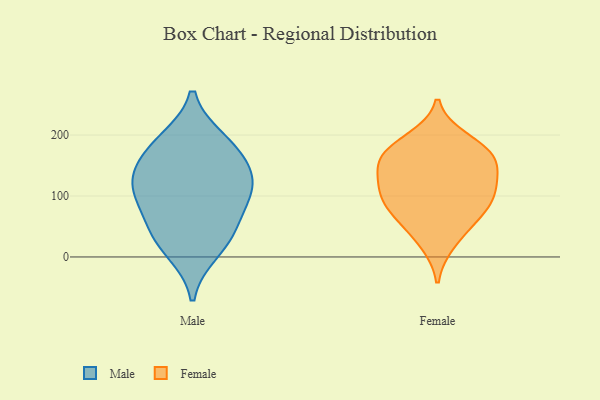
{"axis": {"x": "Page Views", "y": "Value"}, "legend": ["Female", "Male"], "data": [{"x": "", "y": 44, "type": "Male"}, {"x": "", "y": 157, "type": "Male"}, {"x": "", "y": 121, "type": "Male"}, {"x": "", "y": 93, "type": "Male"}, {"x": "", "y": 124, "type": "Male"}, {"x": "", "y": 181, "type": "Male"}, {"x": "", "y": 10, "type": "Male"}, {"x": "", "y": 190, "type": "Male"}, {"x": "", "y": 41, "type": "Male"}, {"x": "", "y": 107, "type": "Male"}, {"x": "", "y": 66, "type": "Female"}, {"x": "", "y": 93, "type": "Female"}, {"x": "", "y": 193, "type": "Female"}, {"x": "", "y": 119, "type": "Female"}, {"x": "", "y": 102, "type": "Female"}, {"x": "", "y": 23, "type": "Female"}, {"x": "", "y": 59, "type": "Female"}, {"x": "", "y": 172, "type": "Female"}, {"x": "", "y": 98, "type": "Female"}, {"x": "", "y": 171, "type": "Female"}, {"x": "", "y": 166, "type": "Female"}, {"x": "", "y": 149, "type": "Female"}, {"x": "", "y": 138, "type": "Female"}]}